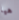
هيا